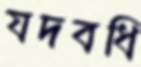
যদবধি